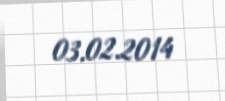
03.02.2014